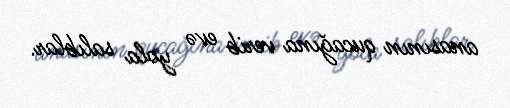
anasının qucağına verib evə yola salıblar.